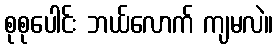
စုစုပေါင်း ဘယ်လောက် ကျမလဲ။